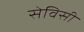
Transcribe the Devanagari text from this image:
सेविसी